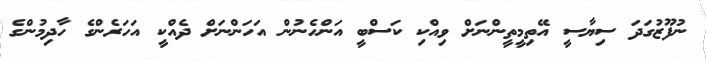
ނުފޫޒުގަދަ ސިޔާސީ އޭތިމީތީންނަށް ވިއްކި ކަސްބީ އަންހެނުން އަހަންނަށް ދެއްކީ އަހަރެންގެ ހާދިމުންގެ